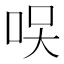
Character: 𠲂